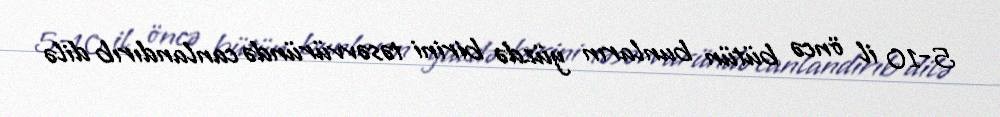
5-10 il öncə bütün bunların yüzdə birini təsəvvüründə canlandırıb dilə